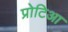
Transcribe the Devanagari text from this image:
प्रोटिआ